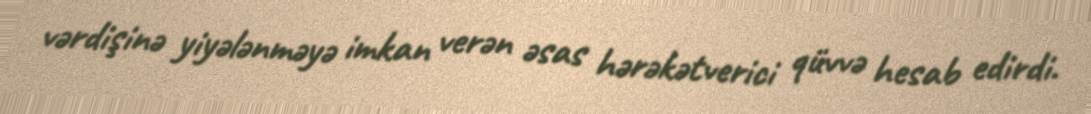
vərdişinə yiyələnməyə imkan verən əsas hərəkətverici qüvvə hesab edirdi.